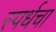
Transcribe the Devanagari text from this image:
स्पर्धचा